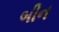
બીન